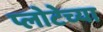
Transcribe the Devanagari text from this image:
प्लोटेच्या